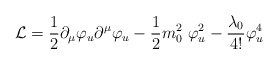
\begin{align*}{\cal L}= \frac{1}{2}\partial_{\mu}\varphi_{u}\partial^{\mu}\varphi_{u}-\frac{1}{2}m^{2}_{0}~\varphi_{u}^{2}-\frac{\lambda_{0}}{4!}\varphi^{4}_{u}\,\end{align*}